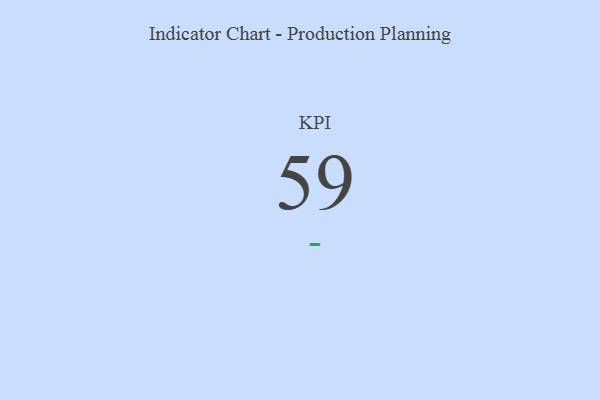
{"axis": {"x": "KPI", "y": "Value"}, "legend": [""], "data": [{"x": "KPI", "y": 59, "type": ""}]}